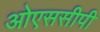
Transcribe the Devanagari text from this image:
ओएससीपी